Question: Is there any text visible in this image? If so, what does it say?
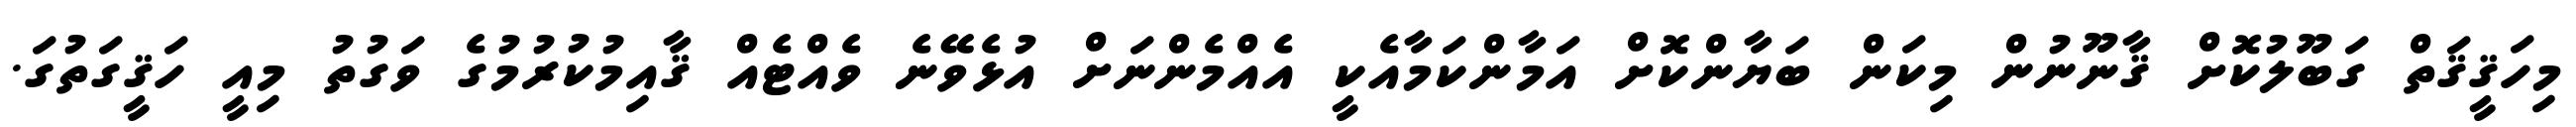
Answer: މިހަޤީޤަތް ގަބޫލުކޮށް ޤާނޫނުން މިކަން ބަޔާންކޮށް އަމާންކަމާއެކީ އެއްމެންނަށް އުޅެވޭނެ ވެއްޓެއް ޤާއިމުކުރުމުގެ ވަގުތު މިއީ ހަޤީގަތުގަ.